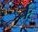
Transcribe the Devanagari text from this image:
र्ऋ